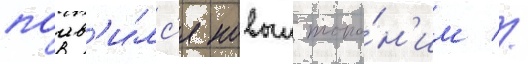
поав'и́лс'я новыи топо́н'им //